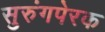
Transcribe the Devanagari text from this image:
सुरुंगपेरक